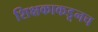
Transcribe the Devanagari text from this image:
शिक्षकाकडूनच